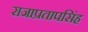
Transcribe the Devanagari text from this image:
राजाप्रतापसिंह